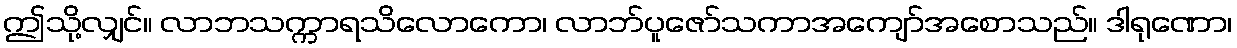
ဤသို့လျှင်။ လာဘသက္ကာရသိလောကော၊ လာဘ်ပူဇော်သကာအကျော်အစောသည်။ ဒါရုဏော၊